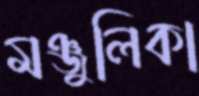
মঞ্জুলিকা